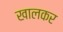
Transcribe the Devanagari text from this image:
खालकर